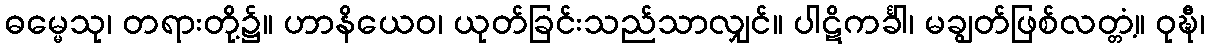
ဓမ္မေသု၊ တရားတို့၌။ ဟာနိယေဝ၊ ယုတ်ခြင်းသည်သာလျှင်။ ပါဋိကင်္ခါ၊ မချွတ်ဖြစ်လတ္တံ့။ ဝုဍ္ဎီ၊